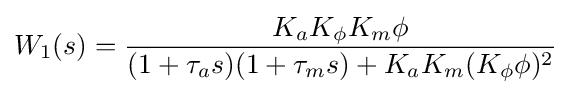
W_{1}(s)={\frac {K_{a}K_{\phi }K_{m}\phi }{(1+\tau _{a}s)(1+\tau _{m}s)+K_{a}K_{m}(K_{\phi }\phi )^{2}}}